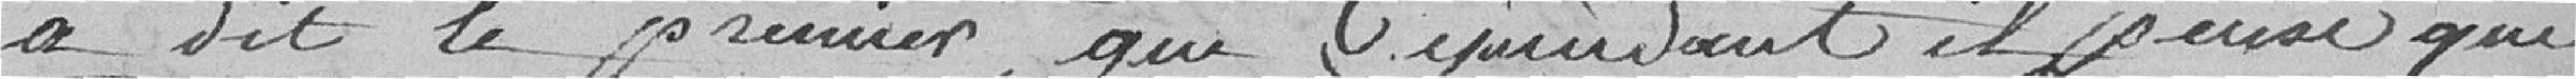
a dit le premier, que cependant il pense que